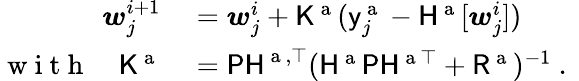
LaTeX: \begin{array}{rl}{\boldsymbol{w}_{j}^{i+1}}&{{}=\boldsymbol{w}_{j}^{i}+\mathsf{K}^{\mathrm{~a~}}(\mathsf{y}_{j}^{\mathrm{~a~}}-\mathsf{H}^{\mathrm{~a~}}[\boldsymbol{w}_{j}^{i}])}\\ {\mathrm{~w~i~t~h~}\quad\mathsf{K}^{\mathrm{~a~}}}&{{}=\mathsf{PH}^{\mathrm{~a~},\top}(\mathsf{H}^{\mathrm{~a~}}\mathsf{P}\mathsf{H}^{\mathrm{~a~}\top}+\mathsf{R}^{\mathrm{~a~}})^{-1}\mathrm{~.~}}\end{array}